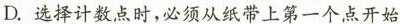
D.选择计数点时，必须从纸带上第一个点开始